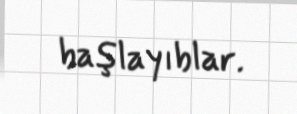
başlayıblar.